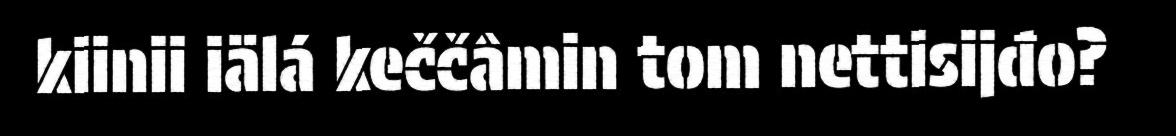
kiinii iälá keččâmin tom nettisijđo?